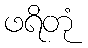
ဖရိတုံ